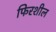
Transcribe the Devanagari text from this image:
फिरशील